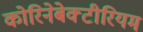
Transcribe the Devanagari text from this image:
कोरिनेबेक्टीरियम